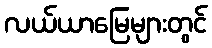
လယ်ယာမြေများတွင်